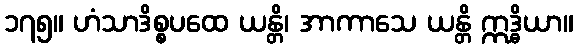
၁၇၅။ ဟံသာဒိစ္စပထေ ယန္တိ၊ အာကာသေ ယန္တိ ဣဒ္ဓိယာ။